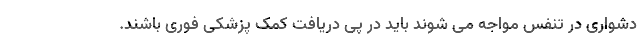
دشواری در تنفس مواجه می شوند باید در پی دریافت کمک پزشکی فوری باشند.